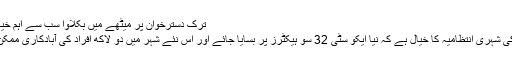
ترک دسترخوان پر میٹھے میں بکلاوا سب سے اہم خیال کیا جاتا ہے
غازی عنتاب کی شہری انتظامیہ کا خیال ہے کہ نیا ایکو سٹی 32 سو ہیکٹرز پر بسایا جائے اور اس نئے شہر میں دو لاکھ افراد کی آبادکاری ممکن ہو سکے گی۔